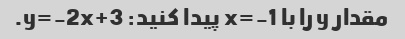
مقدار y را با x=-1 پیدا کنید: y=-2x+3.